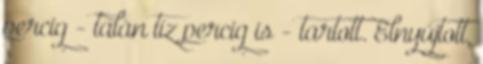
percig - talán tíz percig is - tartott. Elnyújtott,